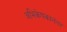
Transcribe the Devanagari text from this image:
अभिकेषकानंतर